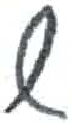
אות: ש